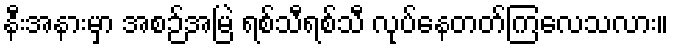
နီးအနားမှာ အစဉ်အမြဲ ရစ်သီရစ်သီ လုပ်နေတတ်ကြလေသလား။